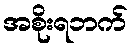
အစိုးရဘက်